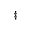
^ \ddag